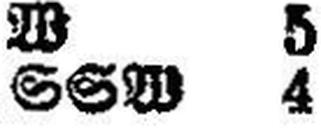
SSW 4